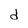
Character: d